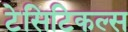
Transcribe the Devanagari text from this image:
टेसिटिकल्स